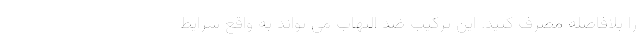
را بلافاصله مصرف کنید. این ترکیب ضد التهاب می تواند به واقع شرایط